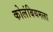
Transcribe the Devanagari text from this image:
कोलंबियमला